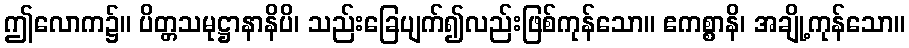
ဤလောက၌။ ပိတ္တသမုဋ္ဌာနာနိပိ၊ သည်းခြေပျက်၍လည်းဖြစ်ကုန်သော။ ဧကစ္စာနိ၊ အချို့ကုန်သော။